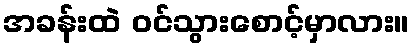
အခန်းထဲ ဝင်သွားစောင့်မှာလား။